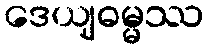
ဒေယျဓမ္မဿ